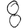
Digit: 8